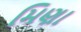
મિણા